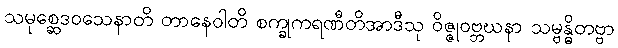
သမုစ္ဆေဒဝသေနာတိ တာနေဝါတိ စက္ခုကရဏီတိအာဒီသု ဝိဇ္ဇုဝဗ္ဘဃနာ သမ္ဗန္ဓိတဗ္ဗာ